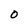
Character: O